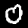
Digit: 0